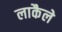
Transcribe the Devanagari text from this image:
लाकैले